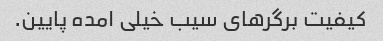
کیفیت برگر‌های سیب خیلی امده پایین.